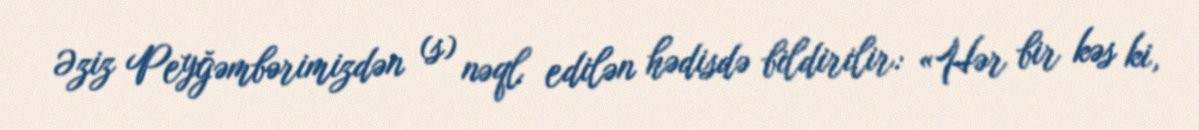
Əziz Peyğəmbərimizdən (s) nəql edilən hədisdə bildirilir: «Hər bir kəs ki,